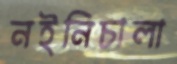
নইনিচালা